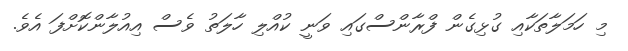
މި ހަމަލާތަކާއި ގުޅިގެން ފްރާންސްގައި ވަނީ ކުއްލި ހާލަތު ވެސް އިއުލާންކޮށްފަ އެވެ.